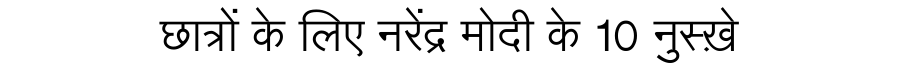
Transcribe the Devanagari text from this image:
छात्रों के लिए नरेंद्र मोदी के 10 नुस्ख़े